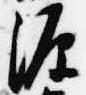
源